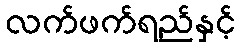
လက်ဖက်ရည်နှင့်